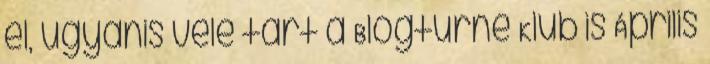
el, ugyanis vele tart a Blogturné Klub is Április